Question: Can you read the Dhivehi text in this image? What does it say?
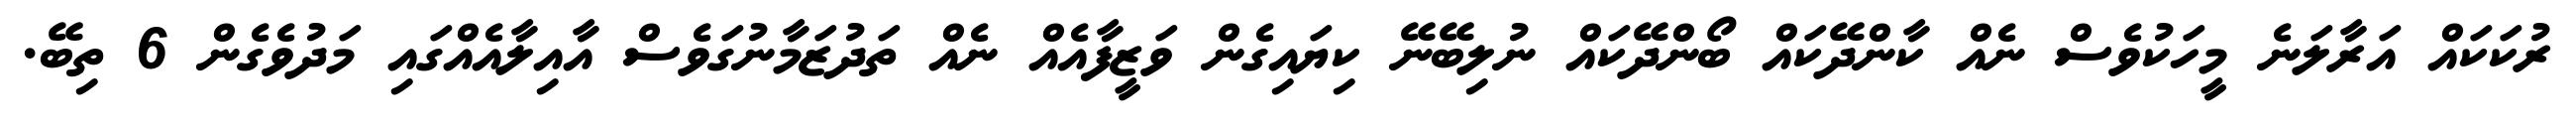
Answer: ރުކަކައް އަރާލަނެ މީހަކުވެސް ނެއް ކާންދޭކައް ބޯންދޭކައް ނުލިބޭނޭ ކިޔައިގެން ވަޒީފާއެއް ނެއް ތަދުޒަމާނުގަވެސް އާއިލާއެއްގައި މަދުވެގެން 6 ތިބޭ.